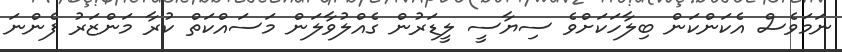
ނަމަވެސް އެކަންކަން ބިލާހަކަށްވެ ސިޔާސީ ލީޑަރުން ގެއްލުވާލަން މަސައްކަތް ކުރާ މަންޒަރު ފެންނަ